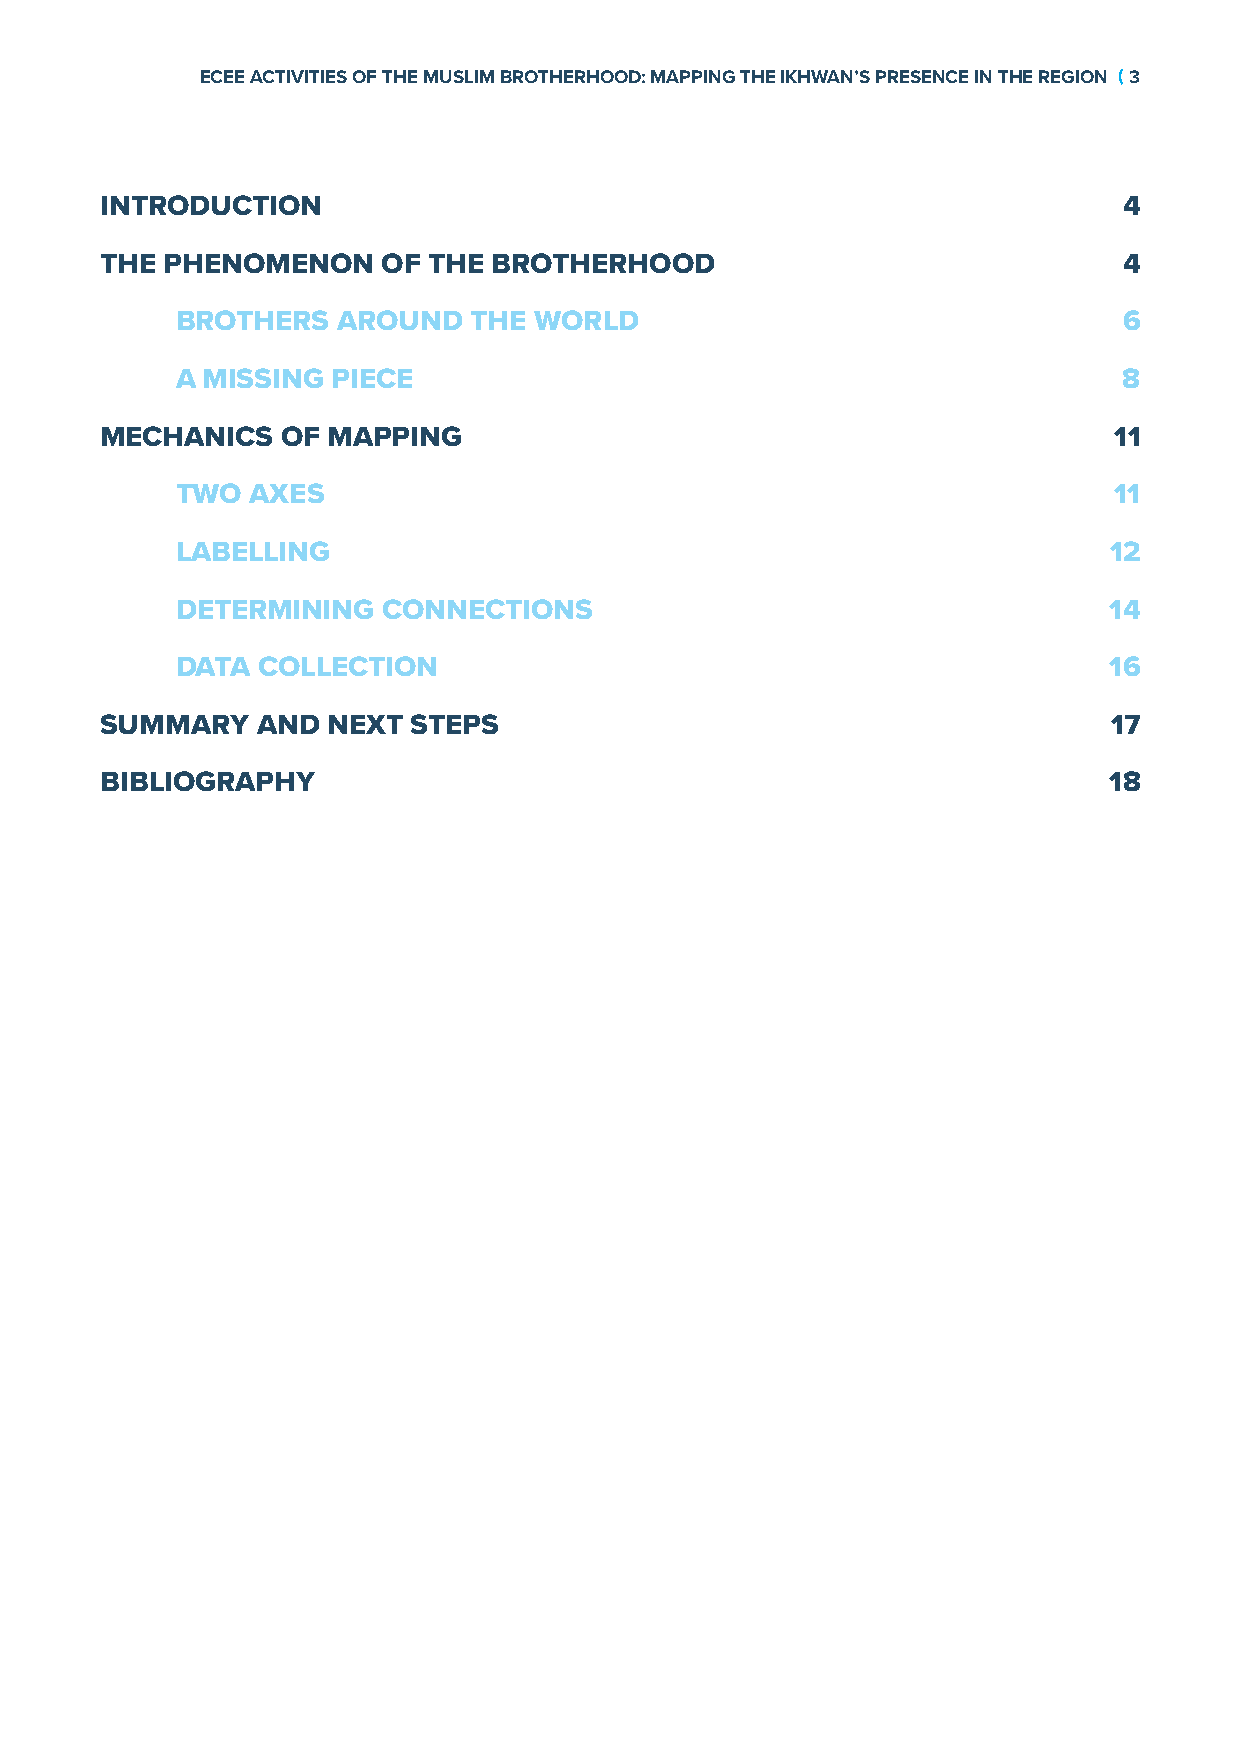
ECEE ACTIVITIES OF THE MUSLIM BROTHERHOOD: MAPPING THE IKHWAN’S PRESENCE IN THE REGION ( 3
 INTRODUCTION                                                       4
 THE PHENOMENON    OF THE  BROTHERHOOD                              4
 BROTHERS  AROUND   THE WORLD                                  6
 A MISSING PIECE                                               8
 MECHANICS   OF MAPPING                                             11
 TWO AXES                                                      11
 LABELLING                                                    12
 DETERMINING  CONNECTIONS                                     14
 DATA COLLECTION                                              16
 SUMMARY   AND  NEXT STEPS                                          17
 BIBLIOGRAPHY                                                      18